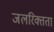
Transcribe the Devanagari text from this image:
जलरिक्तता